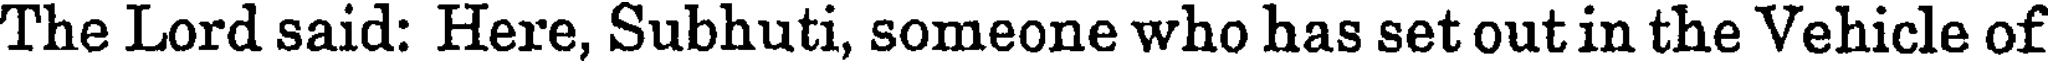
The Lord said: Here, Subhuti, someone who has set out in the Vehicle of